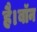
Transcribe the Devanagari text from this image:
है।बॉन